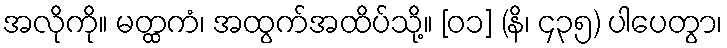
အလိုကို။ မတ္ထကံ၊ အထွက်အထိပ်သို့။ [၀၁] (နိ၊ ၄၃၅) ပါပေတွာ၊